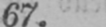
67.